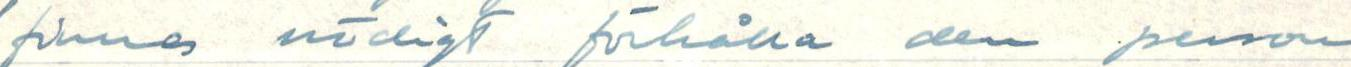
finnas nödligt förhålla den person